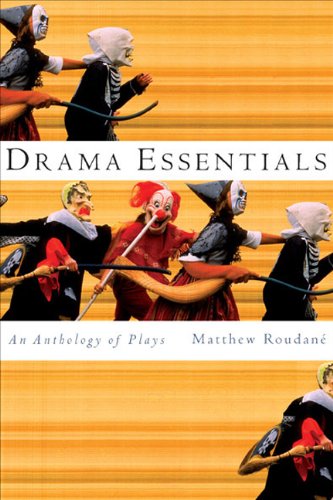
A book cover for Drama Essentials: An Anthology of Plays; Matthew Roudane; Literature & Fiction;